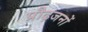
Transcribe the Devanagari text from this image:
प्रौढ़जनों